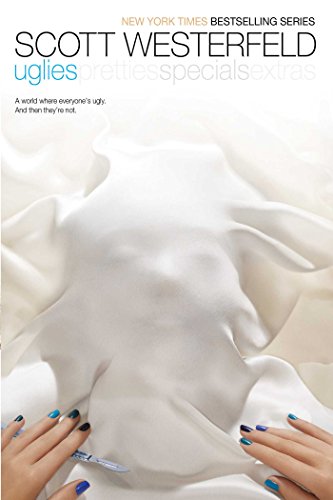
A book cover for Uglies; Scott Westerfeld; Teen & Young Adult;